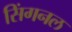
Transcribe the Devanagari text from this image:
सिंगनल